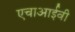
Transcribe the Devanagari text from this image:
एचाआईवी